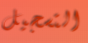
التسجيل